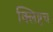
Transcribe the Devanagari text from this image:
क्लिष्टच